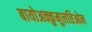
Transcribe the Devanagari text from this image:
बायोअक्कुमुलतिओन